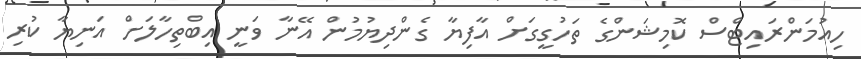
ހިއުމަންރައިޓްސް ކޮމިޝަންގެ ތަހުގީގަށް އާފިޔާ ގެންދިޔުމުން އޭނާ ވަނީ އިބްތިހާލަށް އަނިޔާ ކުރި